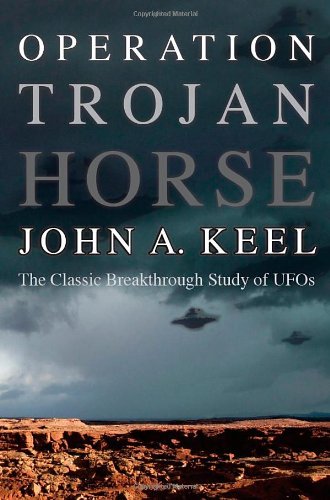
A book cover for Operation Trojan Horse: The Classic Breakthrough Study of UFOs; John a. Keel; Science & Math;